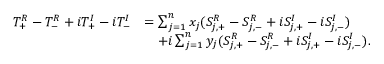
\begin{array} { r l } { T _ { + } ^ { R } - T _ { - } ^ { R } + i T _ { + } ^ { I } - i T _ { - } ^ { I } } & { = \sum _ { j = 1 } ^ { n } x _ { j } ( S _ { j , + } ^ { R } - S _ { j , - } ^ { R } + i S _ { j , + } ^ { I } - i S _ { j , - } ^ { I } ) } \\ & { \quad + i \sum _ { j = 1 } ^ { n } y _ { j } ( S _ { j , + } ^ { R } - S _ { j , - } ^ { R } + i S _ { j , + } ^ { I } - i S _ { j , - } ^ { I } ) . } \end{array}